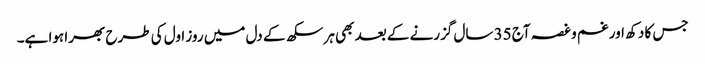
جس کا دکھ اور غم و غصہ آج 35 سال گزرنے کے بعد بھی ہر سکھ کے دل میں روز اول کی طرح بھرا ہوا ہے۔